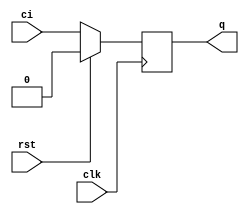
module cflg(
    input clk,rst,
    input ci,
    output reg q
);

always @(posedge clk) begin
    if(rst)
        q <= 1'b0;
    else
        q <= ci;
end

endmodule